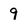
Character: 9